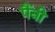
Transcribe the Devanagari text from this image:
पैंनी